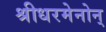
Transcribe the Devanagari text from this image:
श्रीधरमेनोन्